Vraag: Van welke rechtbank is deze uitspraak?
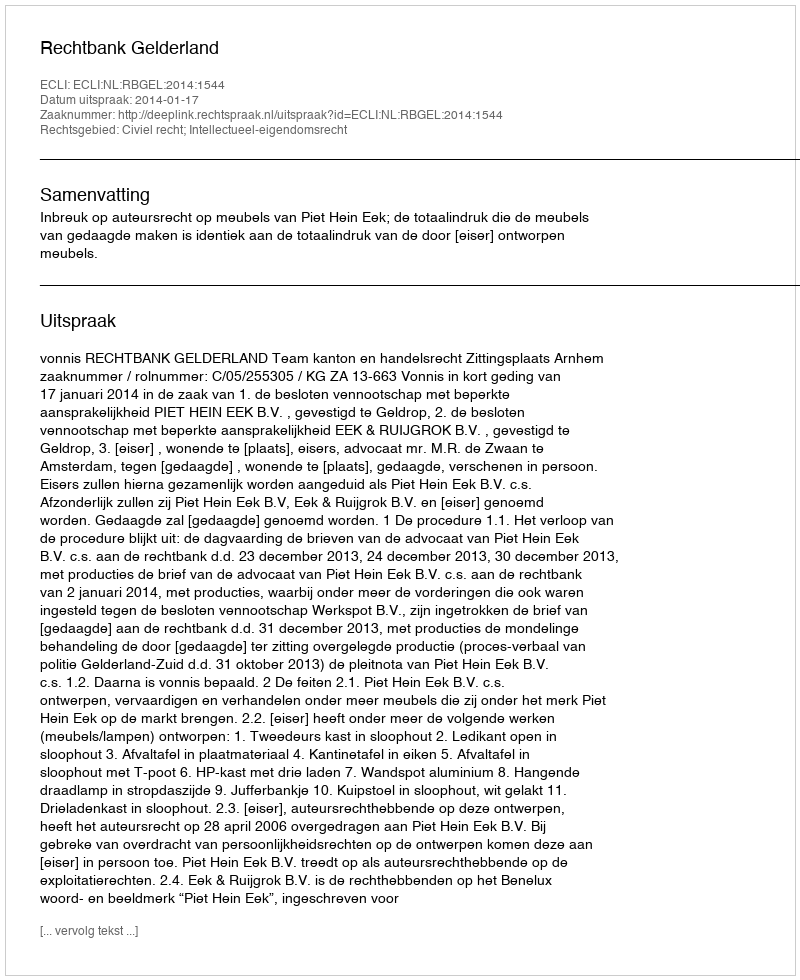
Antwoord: Rechtbank Gelderland